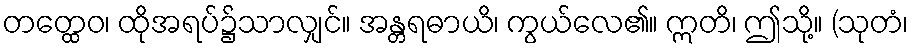
တတ္ထေဝ၊ ထိုအရပ်၌သာလျှင်။ အန္တရဓာယိ၊ ကွယ်လေ၏။ ဣတိ၊ ဤသို့။ (သုတံ၊